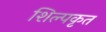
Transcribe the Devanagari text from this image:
शिल्पकृत